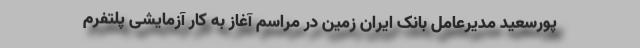
پورسعید مدیرعامل بانک ایران زمین در مراسم آغاز به کار آزمایشی پلتفرم